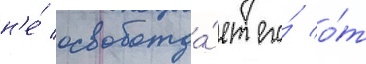
н'е́ освобожда́ет его́ о́т